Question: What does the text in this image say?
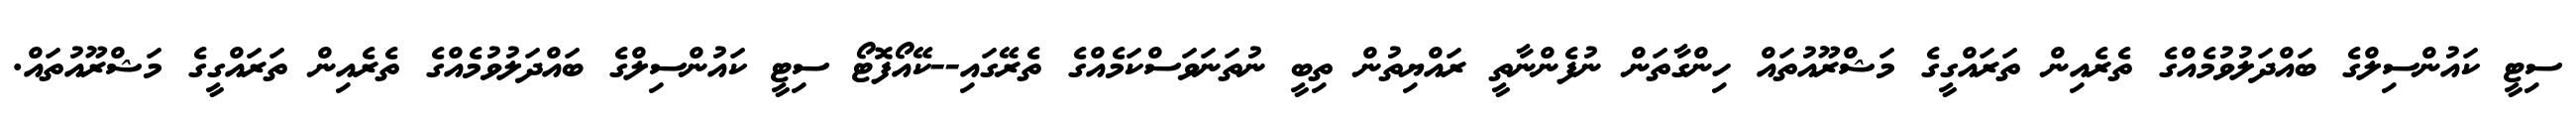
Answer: ސިޓީ ކައުންސިލްގެ ބައްދަލުވުމެއްގެ ތެރެއިން ތަރައްގީގެ މަޝްރޫއުތައް ހިންގާތަން ނުފެންނާތީ ރައްޔިތުން ތިބީ ނުތަނަވަސްކަމެއްގެ ތެރޭގައި--ކޭއޯފޮޓޯ ސިޓީ ކައުންސިލްގެ ބައްދަލުވުމެއްގެ ތެރެއިން ތަރައްގީގެ މަޝްރޫއުތައް.